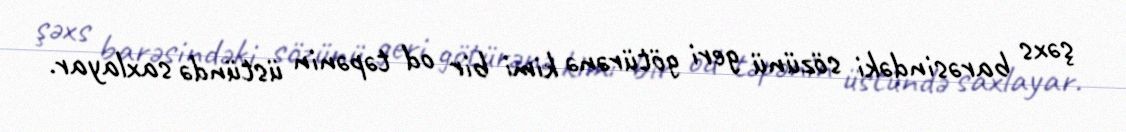
şəxs barəsindəki sözünü geri götürənə kimi bir od təpənin üstündə saxlayar.